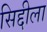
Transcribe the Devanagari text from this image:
सिद्दीला